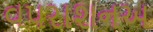
વપરાશનઅ